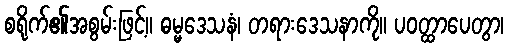
စရိုက်၏အစွမ်းဖြင့်။ ဓမ္မဒေသနံ၊ တရားဒေသနာကို။ ပဝတ္ထာပေတွာ၊